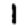
Digit: 1